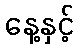
နေ့နှင့်